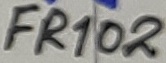
Text: FR102